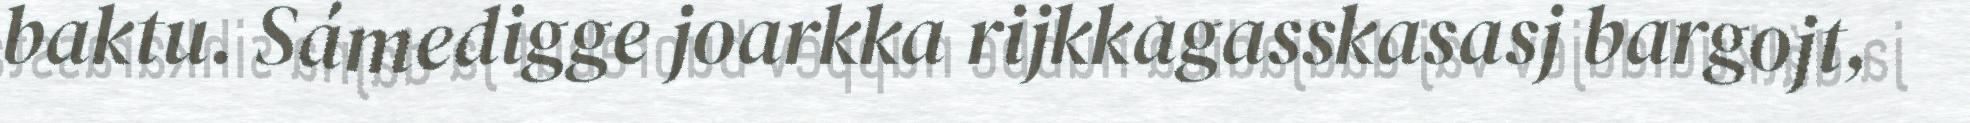
baktu. Sámedigge joarkka rijkkagasskasasj bargojt,